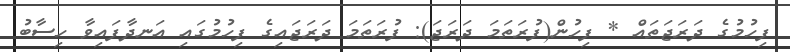
ފިހުމުގެ ދަރަޖަތައް * ފިހުން(ފުރަތަމަ ދަރަޖަ): ފުރަތަމަ ދަރަޖައިގެ ފިހުމުގައި އަނދާފައިވާ ހިސާބު